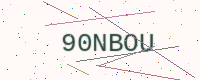
Text: 90NBOU